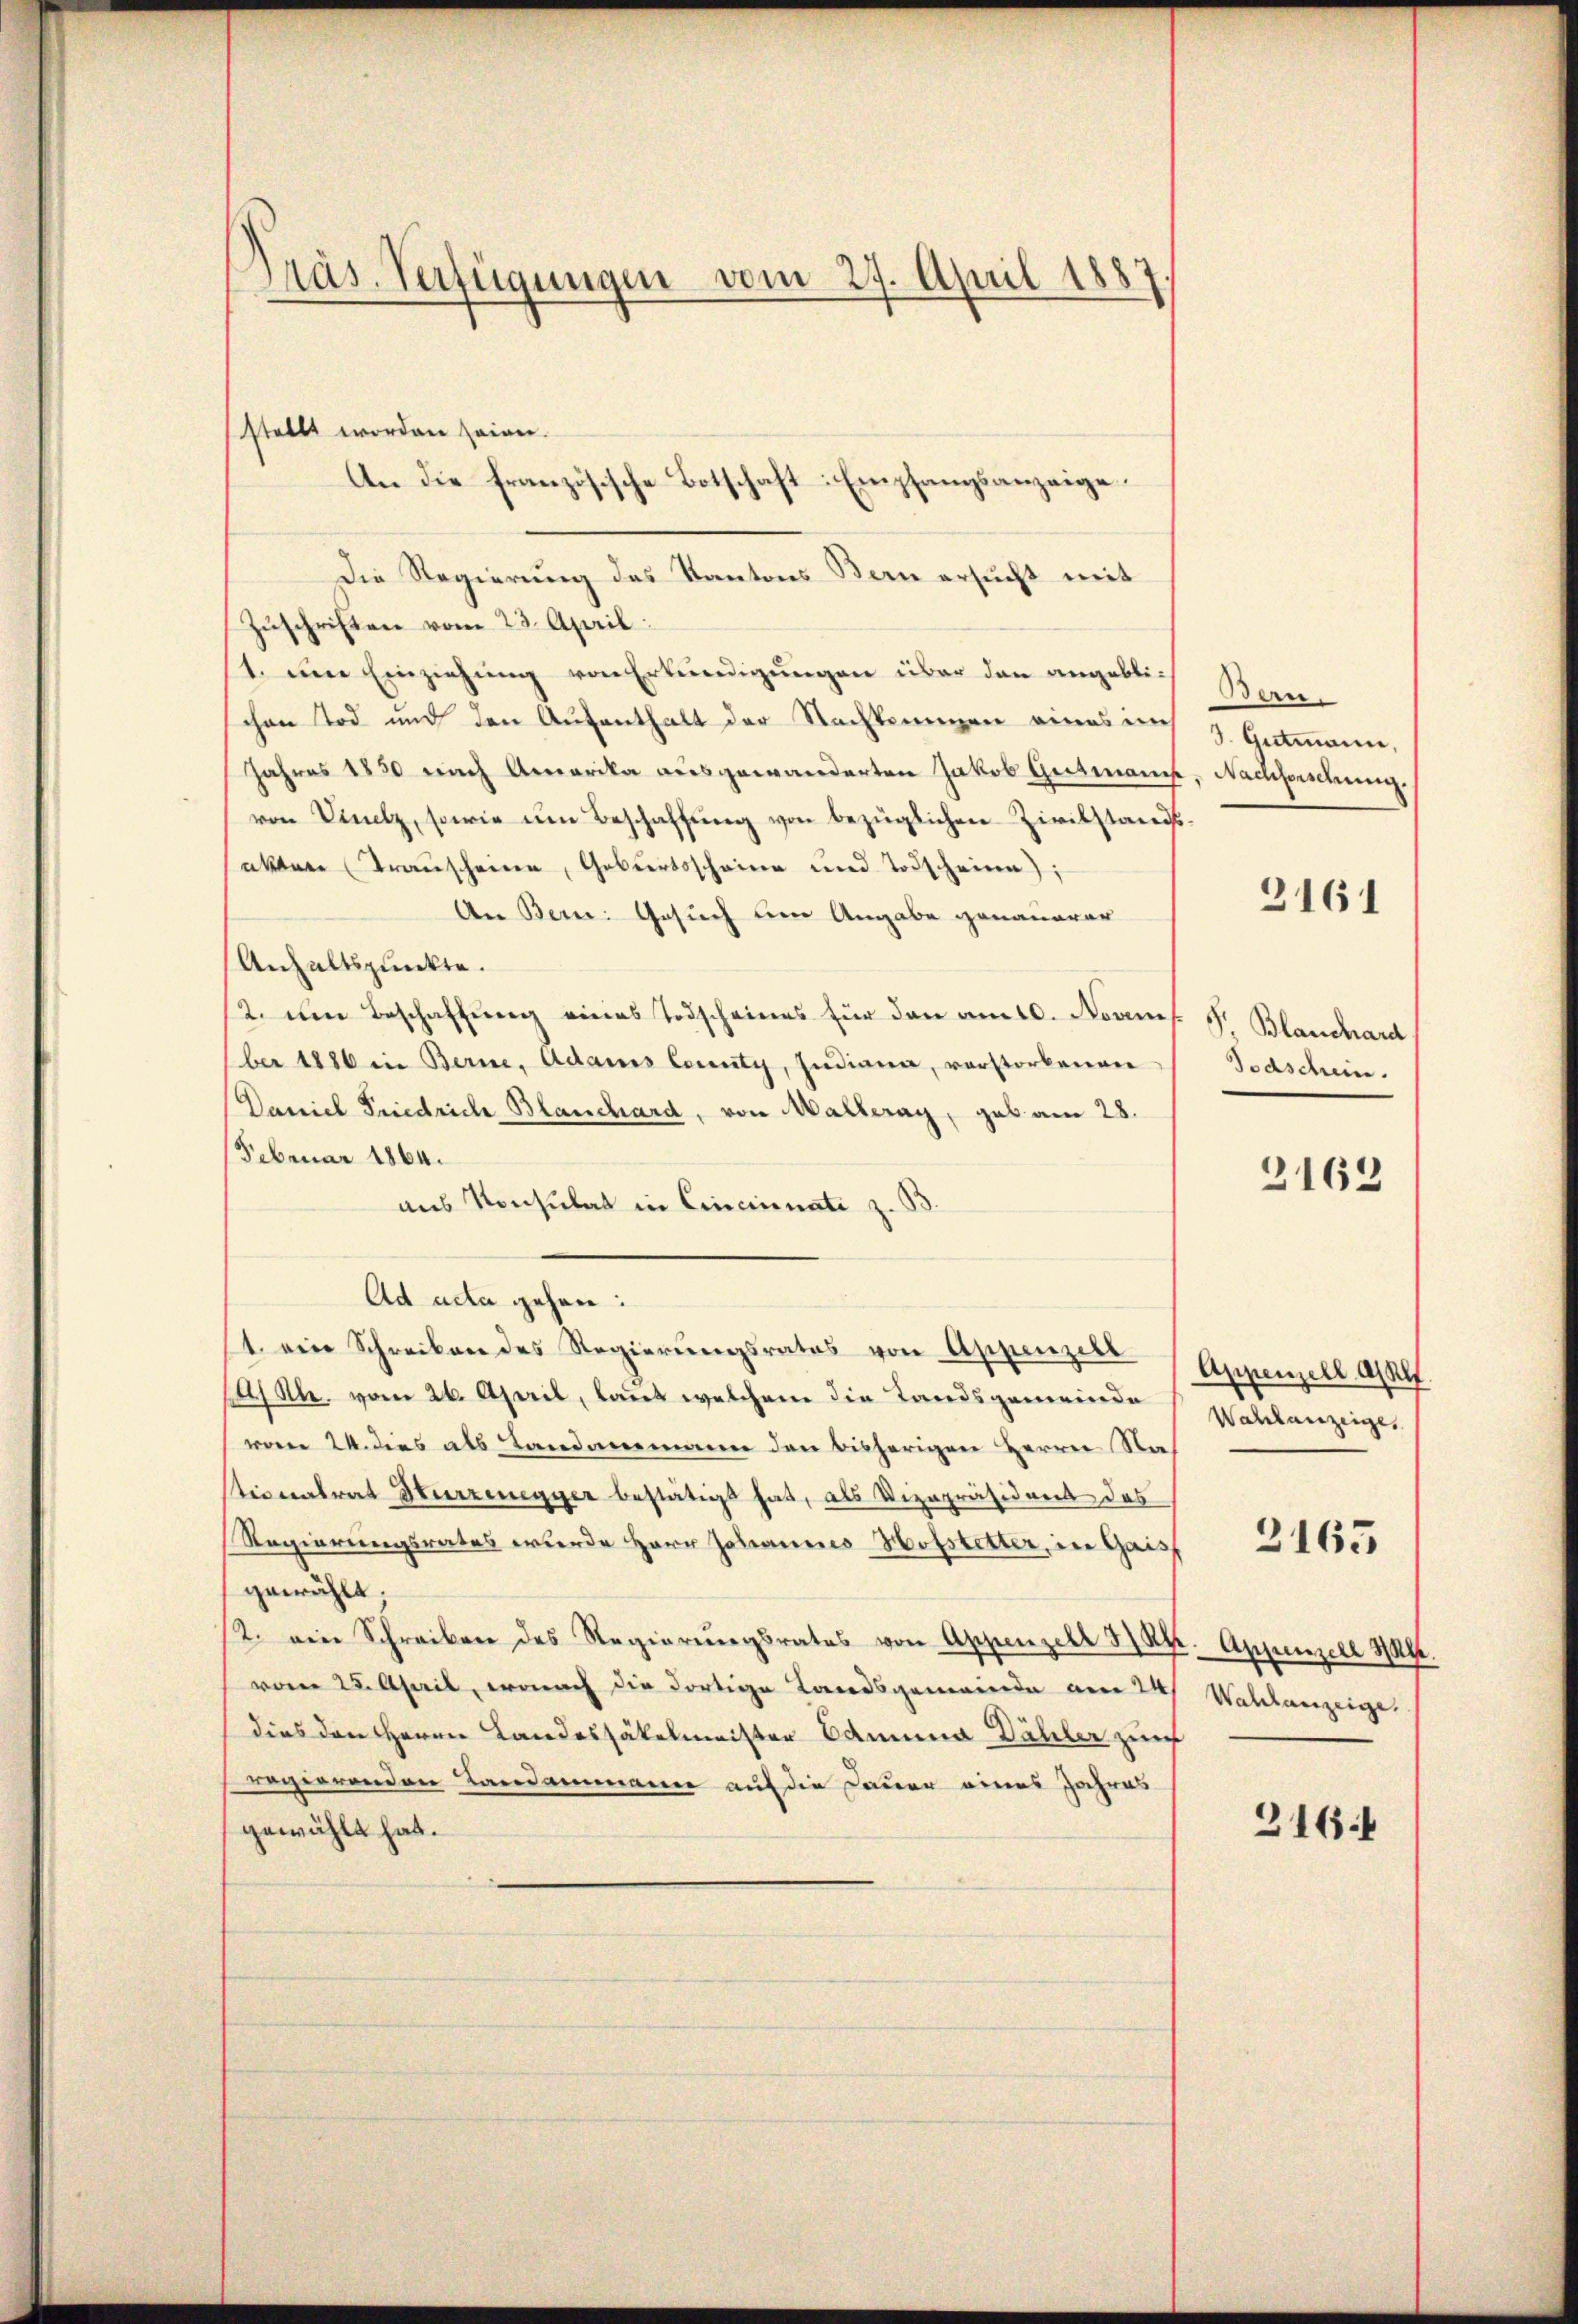
Präs. Verfügungen vom 27. April 1887.

stellt worden seinen.
Die Regierung des Kantons Bern ersucht mit
Zuschriften vom 23. April.
(1. um Einziehung von Erkundigungen über den angeblichen Tod und den Aufenthalt der Nachtenenen eines ich
Jahres 1830 nach Amerika ausgewanderten Jakob Gutmann, Nachforschung.
von Vielz, sowie im Beschaffŭng von bezüglichen Zivilstands-
akter (Transcheine, Geburtsscheine und Todscheine;
An Bern: Gesuch um Angabe genauerer
Anhaltspunkte.
2. um Beschaffung eines Todscheines für den am 10. Novmf. J. Blanchard
ber 1886 in Berne, Adams County, Indiana, verstorbenen
Daniel Friedrich Blanchard, von Malleray, gab am 28.
Februar 1864.
aus Konsulat in Cincinnate z. B
Ad acta gehen:
1. eine Schreiben des Regierungsrates von Appenzell
 Rh. vom 26. April, laut welchem die Landsgemeinde
vom 24. dies als Landammann den bisherigen Herrn Nastionalrat Herzenegger bestätigt hat, als Vizepräsident das
Regierungsrates wurde Herr Johannes Hofsletter, in Gais
gewählt.
2. ein Schreiben des Regierŭngsrates von Appenzell S. Kt. Appenzell Halt.
vom 25. April, wonach die dortige Landsgemeinde am 24. Wahlanzeige
dies den Herrn Landossäkelmeister Admina Dähler zur
regierenden Landammann auf die Dauer eines Jahres
gewählt hat.

An die französische Botschaft Empfangsanzeige.
¬

Bern.
3. Gutmann,
3161

Todschein.
2162

Appenzell allf
Wahlanzeige,

2165

316